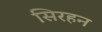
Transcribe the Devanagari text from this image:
सिरहन